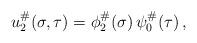
LaTeX: \begin{align*} u_2^\#(\sigma,\tau) = \phi_2^\#(\sigma) \, \psi_0 ^\# (\tau) \,,\end{align*}